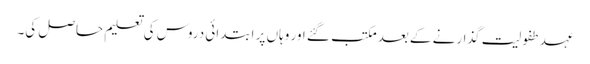
عہد طفولیت گذارنے کے بعد مکتب گئے اور وہاں پر ابتدائی دروس کی تعلیم حاصل کی۔